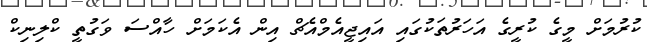
ކުރުމަށް މީގެ ކުރީގެ އަހަރުތަކުގައި އައިޖީއެމްއެޗް އިން އެކަމަށް ހާއްސަ ވަގުތީ ކްލިނިކް